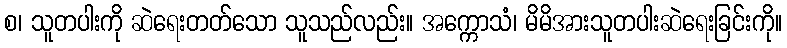
စ၊ သူတပါးကို ဆဲရေးတတ်သော သူသည်လည်း။ အက္ကောသံ၊ မိမိအားသူတပါးဆဲရေးခြင်းကို။